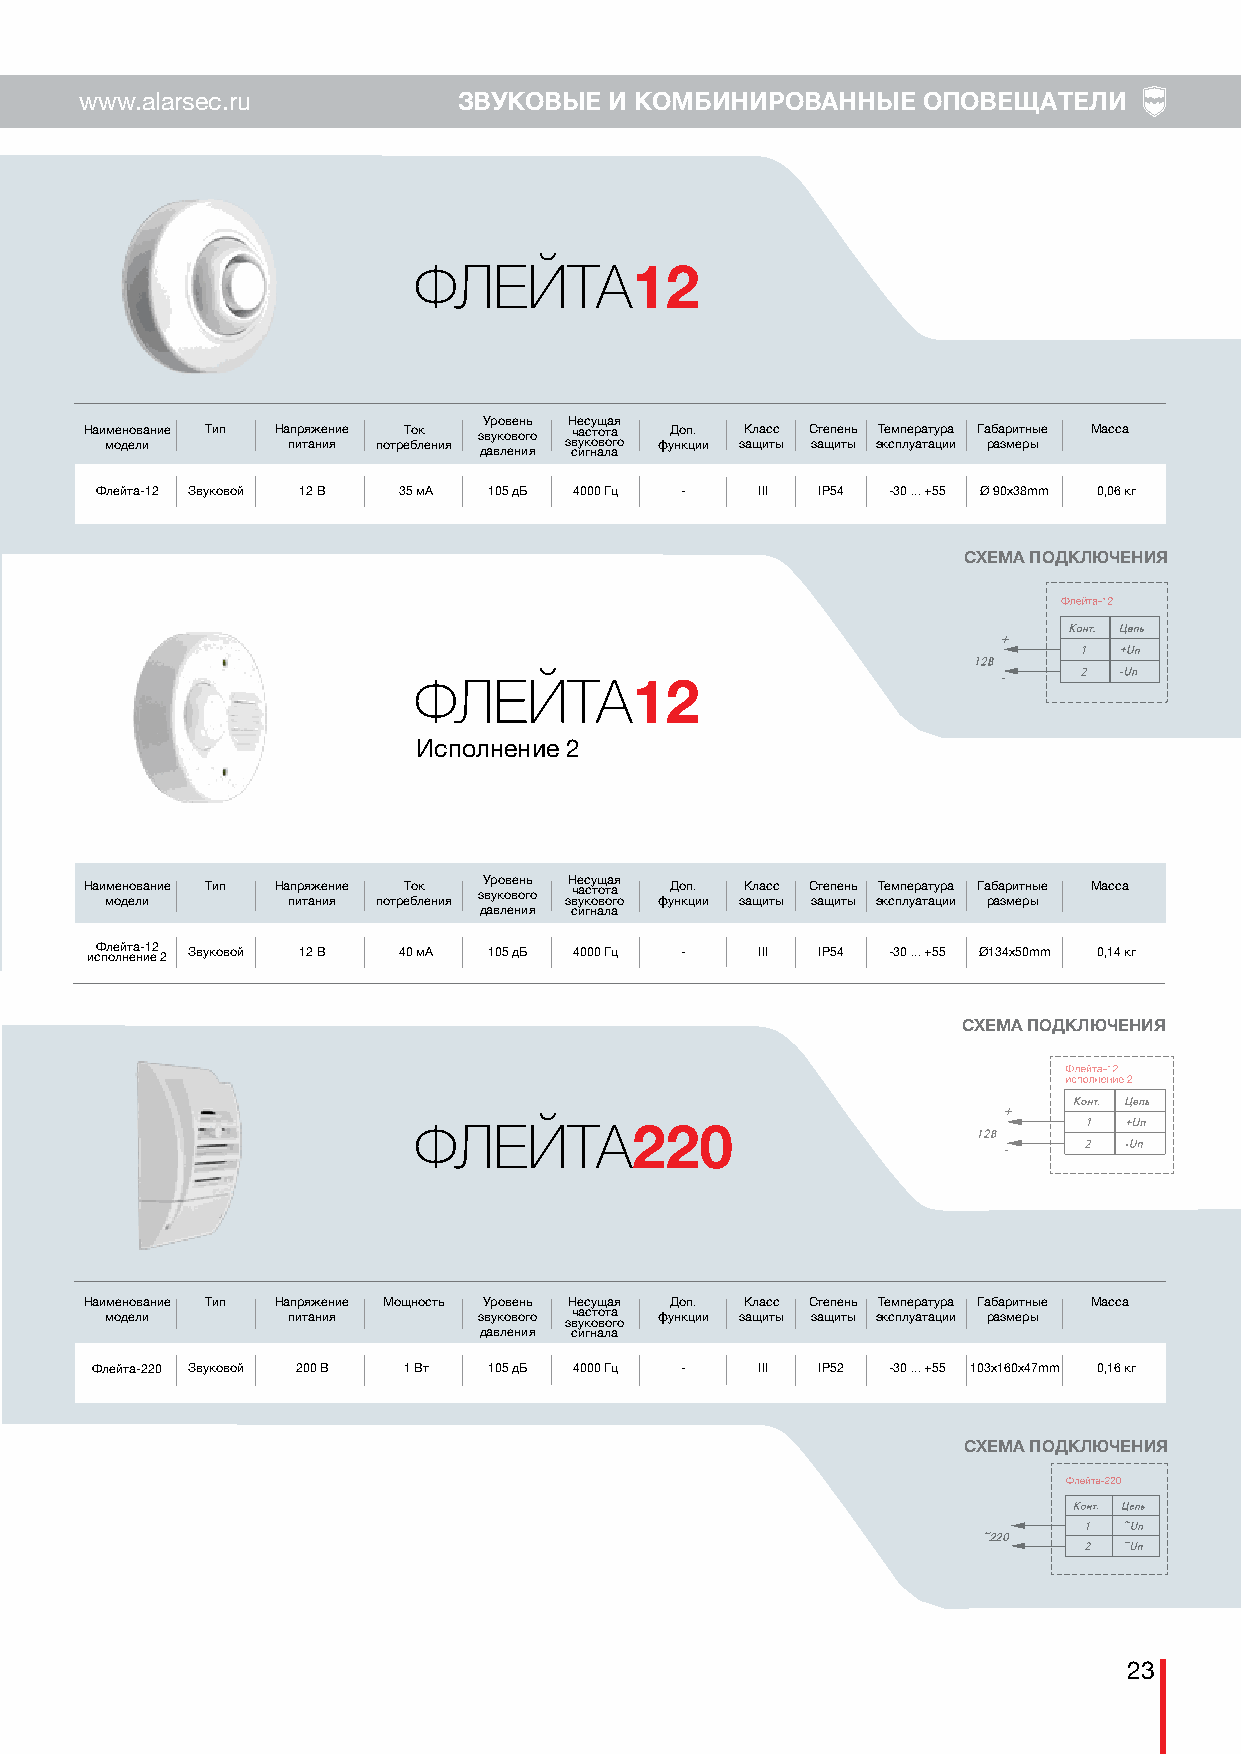
www.alarsec.ru           ЗВУКОВЫЕ  И КОМБИНИРОВАННЫЕ    ОПОВЕЩАТЕЛИ
 ФЛЕЙТА
 12
 Уровень Несущая
 Наи мм ое дн ео лв иание Тип На пп ир тя аж не ин яие потреТ бо лк ения звукового звч уа кс ото вота го фуД но кп ц. ии зК ащла ис тс ы С зате щп ие тн ыь эТ ке см пп ле ур аа тт ау цр иа и Га рб аа зр ми ет рн ыые Масса
 давления сигнала
 Флейта-12 Звуковой 12 В 35 мА 105 дБ 4000 Гц - III IP54 -30 ... +55 Ø 90x38mm 0,06 кг
 СХЕМА ПОДКЛЮЧЕНИЯ
 +
 1
 -    2
 ФЛЕЙТА
 12
 Исполнение 2
 Наи мм ое дн ео лв иание Тип На пп ир тя аж не ин яие потреТ бо лк ения зУ вр уко ов ве он гь о зН вче уас кс оу тщ о вота а гя о фуД но кп ц. ии зК ащла ис тс ы С зате щп ие тн ыь эТ ке см пп ле ур аа тт ау цр иа и Га рб аа зр ми ет рн ыые Масса
 давления сигнала
 исФ пл ое лй нт еа н- и1 е2 2 Звуковой 12 В 40 мА 105 дБ 4000 Гц - III IP54 -30 ... +55 Ø134x50mm 0,14 кг
 СХЕМА ПОДКЛЮЧЕНИЯ
 +
 1
 ФЛЕЙТА
 220                     -     2
 Наименование Тип Напряжение Мощность Уровень Несущая Доп. Класс Степень Температура Габаритные Масса
 модели      питания      звукового звч уа кс ото вота го функции защиты защиты эксплуатации размеры
 давления сигнала
 Флейта-220 Звуковой 200 В 1 Вт 105 дБ 4000 Гц - III IP52 -30 ... +55 103x160х47mm 0,16 кг
 СХЕМА ПОДКЛЮЧЕНИЯ
 1
 ~220
 2
 23